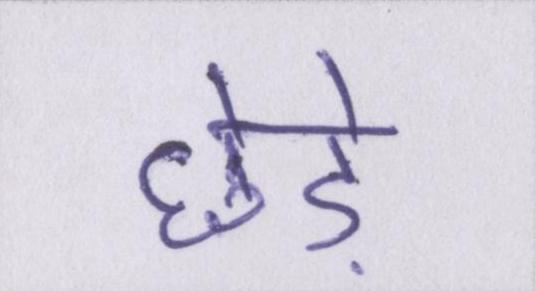
छेड़े